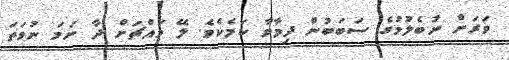
ވަރަށް ނުބެލުމުގެ ސަބަބުން ދިމާވާ ކަމެކެވެ. ލޭ މައްޗަށް ދާ ނަމަ ނުވަތަ